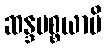
ဆန္ဒပစ္စယာပိ